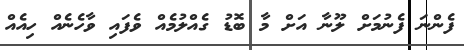
ފެންނަ ފެނުމަށް ލޫނާ އަށް މާ ބޮޑު ގެއްލުމެއް ވެފައި ވާހެނެއް ހިއެއް